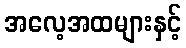
အလေ့အထများနှင့်